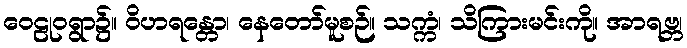
ဝေဠုဝရွာ၌။ ဝိဟရန္တော၊ နေတော်မူစဉ်။ သက္ကံ၊ သိကြားမင်းကို။ အာရဗ္ဘ၊